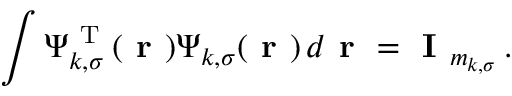
\int \boldsymbol { \Psi } _ { k , \sigma } ^ { \mathrm { ~ T ~ } } ( \boldsymbol { \textbf { r } } ) \boldsymbol { \Psi } _ { k , \sigma } ( \boldsymbol { \textbf { r } } ) \, d \boldsymbol { \textbf { r } } = \textbf { I } _ { m _ { k , \sigma } } \, .